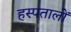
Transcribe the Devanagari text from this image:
हस्पतालों